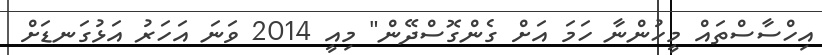
އިހްސާސްތައް މީހުންނާ ހަމަ އަށް ގެންގޮސްދޭން" މިއީ 2014 ވަނަ އަހަރު އަޅުގަނޑަށް